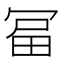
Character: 𭁻